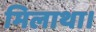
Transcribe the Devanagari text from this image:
मिलाथा।